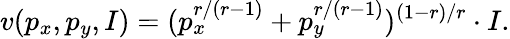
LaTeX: v(p_{x},p_{y},I)=(p_{x}^{r/(r-1)}+p_{y}^{r/(r-1)})^{(1-r)/r}\cdot I.